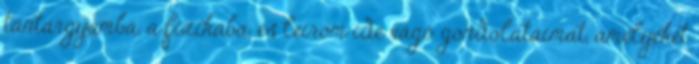
tantárgyamba, a fizikába, és leírom ide vágó gondolataimat, amelyeket